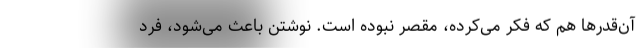
آن‌قدر‌ها هم که فکر می‌کرده، مقصر نبوده‌ است. نوشتن باعث می‌شود، فرد